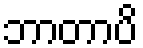
ဘာတာပိ